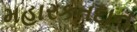
મહારકતદાન